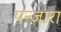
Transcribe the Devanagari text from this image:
पन्ज़ारा